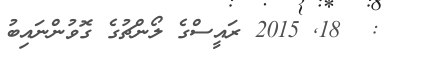
:  18